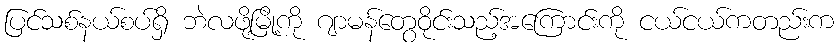
ပြင်သစ်နယ်စပ်ရှိ ဘဲလဖို့မြို့ကို ဂျာမန်တွေဝိုင်းသည့်အကြောင်းကို ငယ်ငယ်ကတည်းက